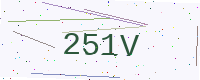
Text: 251V